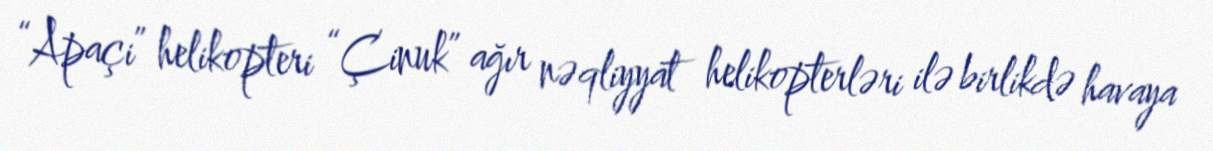
“Apaçi” helikopteri “Çinuk” ağır nəqliyyat helikopterləri ilə birlikdə havaya